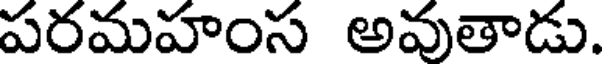
పరమహంస అవుతాడు.